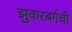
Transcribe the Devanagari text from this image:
झुकरबर्गची